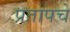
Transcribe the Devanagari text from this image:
प्रतापचे